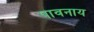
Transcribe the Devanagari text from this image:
पावनाय